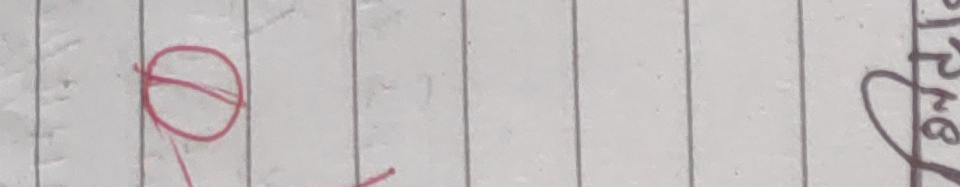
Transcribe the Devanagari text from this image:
प्रश्न